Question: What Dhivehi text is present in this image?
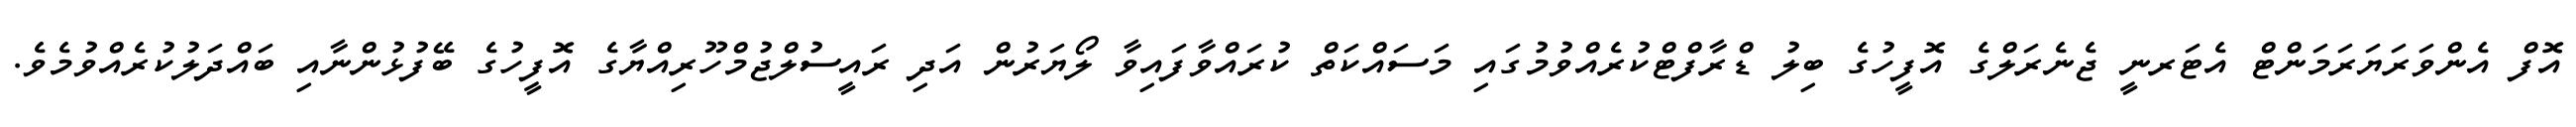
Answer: އޮފް އެންވަރަޔަރަމަންޓް އެޓަރނީ ޖެނެރަލްގެ އޮފީހުގެ ބިލު ޑްރާފްޓްކުރެއްވުމުގައި މަސައްކަތް ކުރައްވާފައިވާ ލޯޔަރުން އަދި ރައީސުލްޖުމްހޫރިއްޔާގެ އޮފީހުގެ ބޭފުޅުންނާއި ބައްދަލުކުރެއްވުމެވެ.